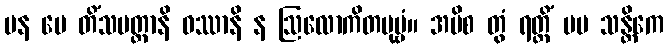
ပန မေ တိံသမတ္တာနိ ဝဿာနိ န ဩလောကိတပုဗ္ဗံ။ အပိစ တွံ ရတ္တိံ မမ သန္တိကေ